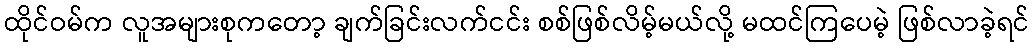
ထိုင်ဝမ်က လူအများစုကတော့ ချက်ခြင်းလက်ငင်း စစ်ဖြစ်လိမ့်မယ်လို့ မထင်ကြပေမဲ့ ဖြစ်လာခဲ့ရင်